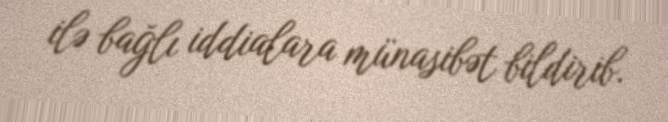
ilə bağlı iddialara münasibət bildirib.